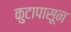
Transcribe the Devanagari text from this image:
कुटापासून